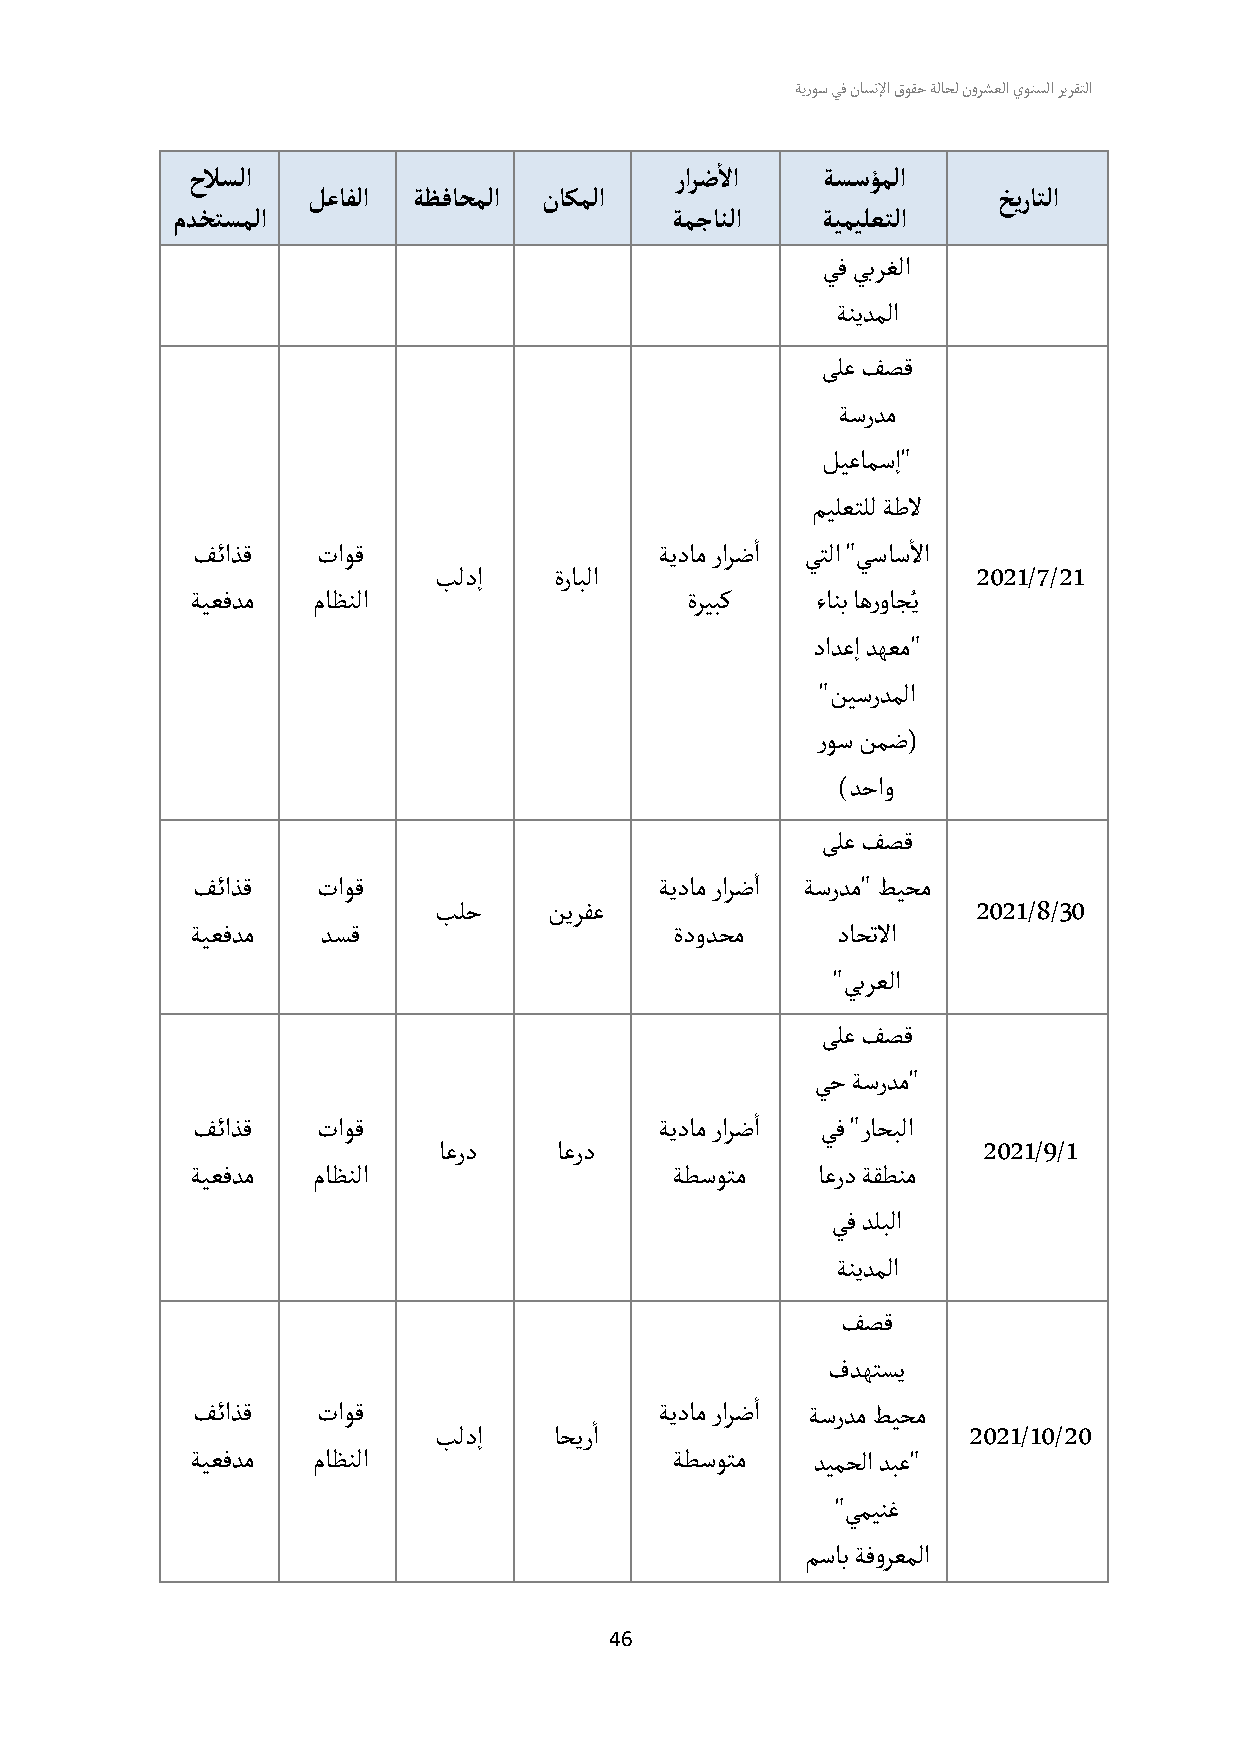
ةيروس يف ناسنلإا قوقح ةلاحل نورشعلا يونسلا ريرقتلا
 أ
 حلاسلا                           رارض لا  ةسسؤملا
 لعافلا ةظفاحملا ناكملا                        خيراتلا
 مدختسملا                         ةمجانلا   ةيميلعتلا
 يف يبرغلا
 ةنيدملا
 ىلع فصق
 ةسردم
 ليعامسإ"
 ميلعتلل ةطل
 أ         أ
 ف ئاذق  تاوق                  ةيدام رارضا يتلا "يساسلا
 بلدإ    ةرابلا                      2021/7/21
 ُ
 ة يعفدم ماظنلا                  ةريبك    ءانب اهرواج ي
 دادعإ دهعم"
 "نيسردملا
 روس نمض(
 )دحاو
 ىلع فصق
 أ
 ف ئاذق  تاوق                  ةيدام رارضا ةسردم" طيحم
 بلح    نيرفع                        2021/8/30
 ة يعفدم د سق                    ة دودحم   داحتلا
 " يبرعلا
 ىلع فصق
 يح ةسردم"
 أ
 ف ئاذق  تاوق                  ةيدام رارضا يف "راحبلا
 ا عرد   ا عرد                       2021/9/1
 ة يعفدم ماظنلا                 ة طسوتم   اعرد ةقطنم
 يف دلبلا
 ةنيدملا
 فصق
 فدهتسي
 أ
 ف ئاذق  تاوق              أ   ةيدام رارضا ةسردم طيحم
 بلدإ    ا حيرا                     2021/10/20
 ة يعفدم ماظنلا                 ة طسوتم   ديمحلا دبع"
 "يمينغ
 مساب ةفورعملا
 46